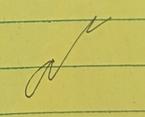
Signature authenticity: genuine